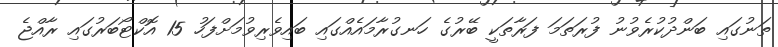
ތަނުގައި ބަންދުކުރެވުނު ފުރަތަމަ ފަރާތަކީ ބޭރުގެ ހަނގުރާމައެއްގައި ބައިވެރިވުމަށްފަހު 15 އޮކްޓޯބަރުގައި ރާއްޖެ